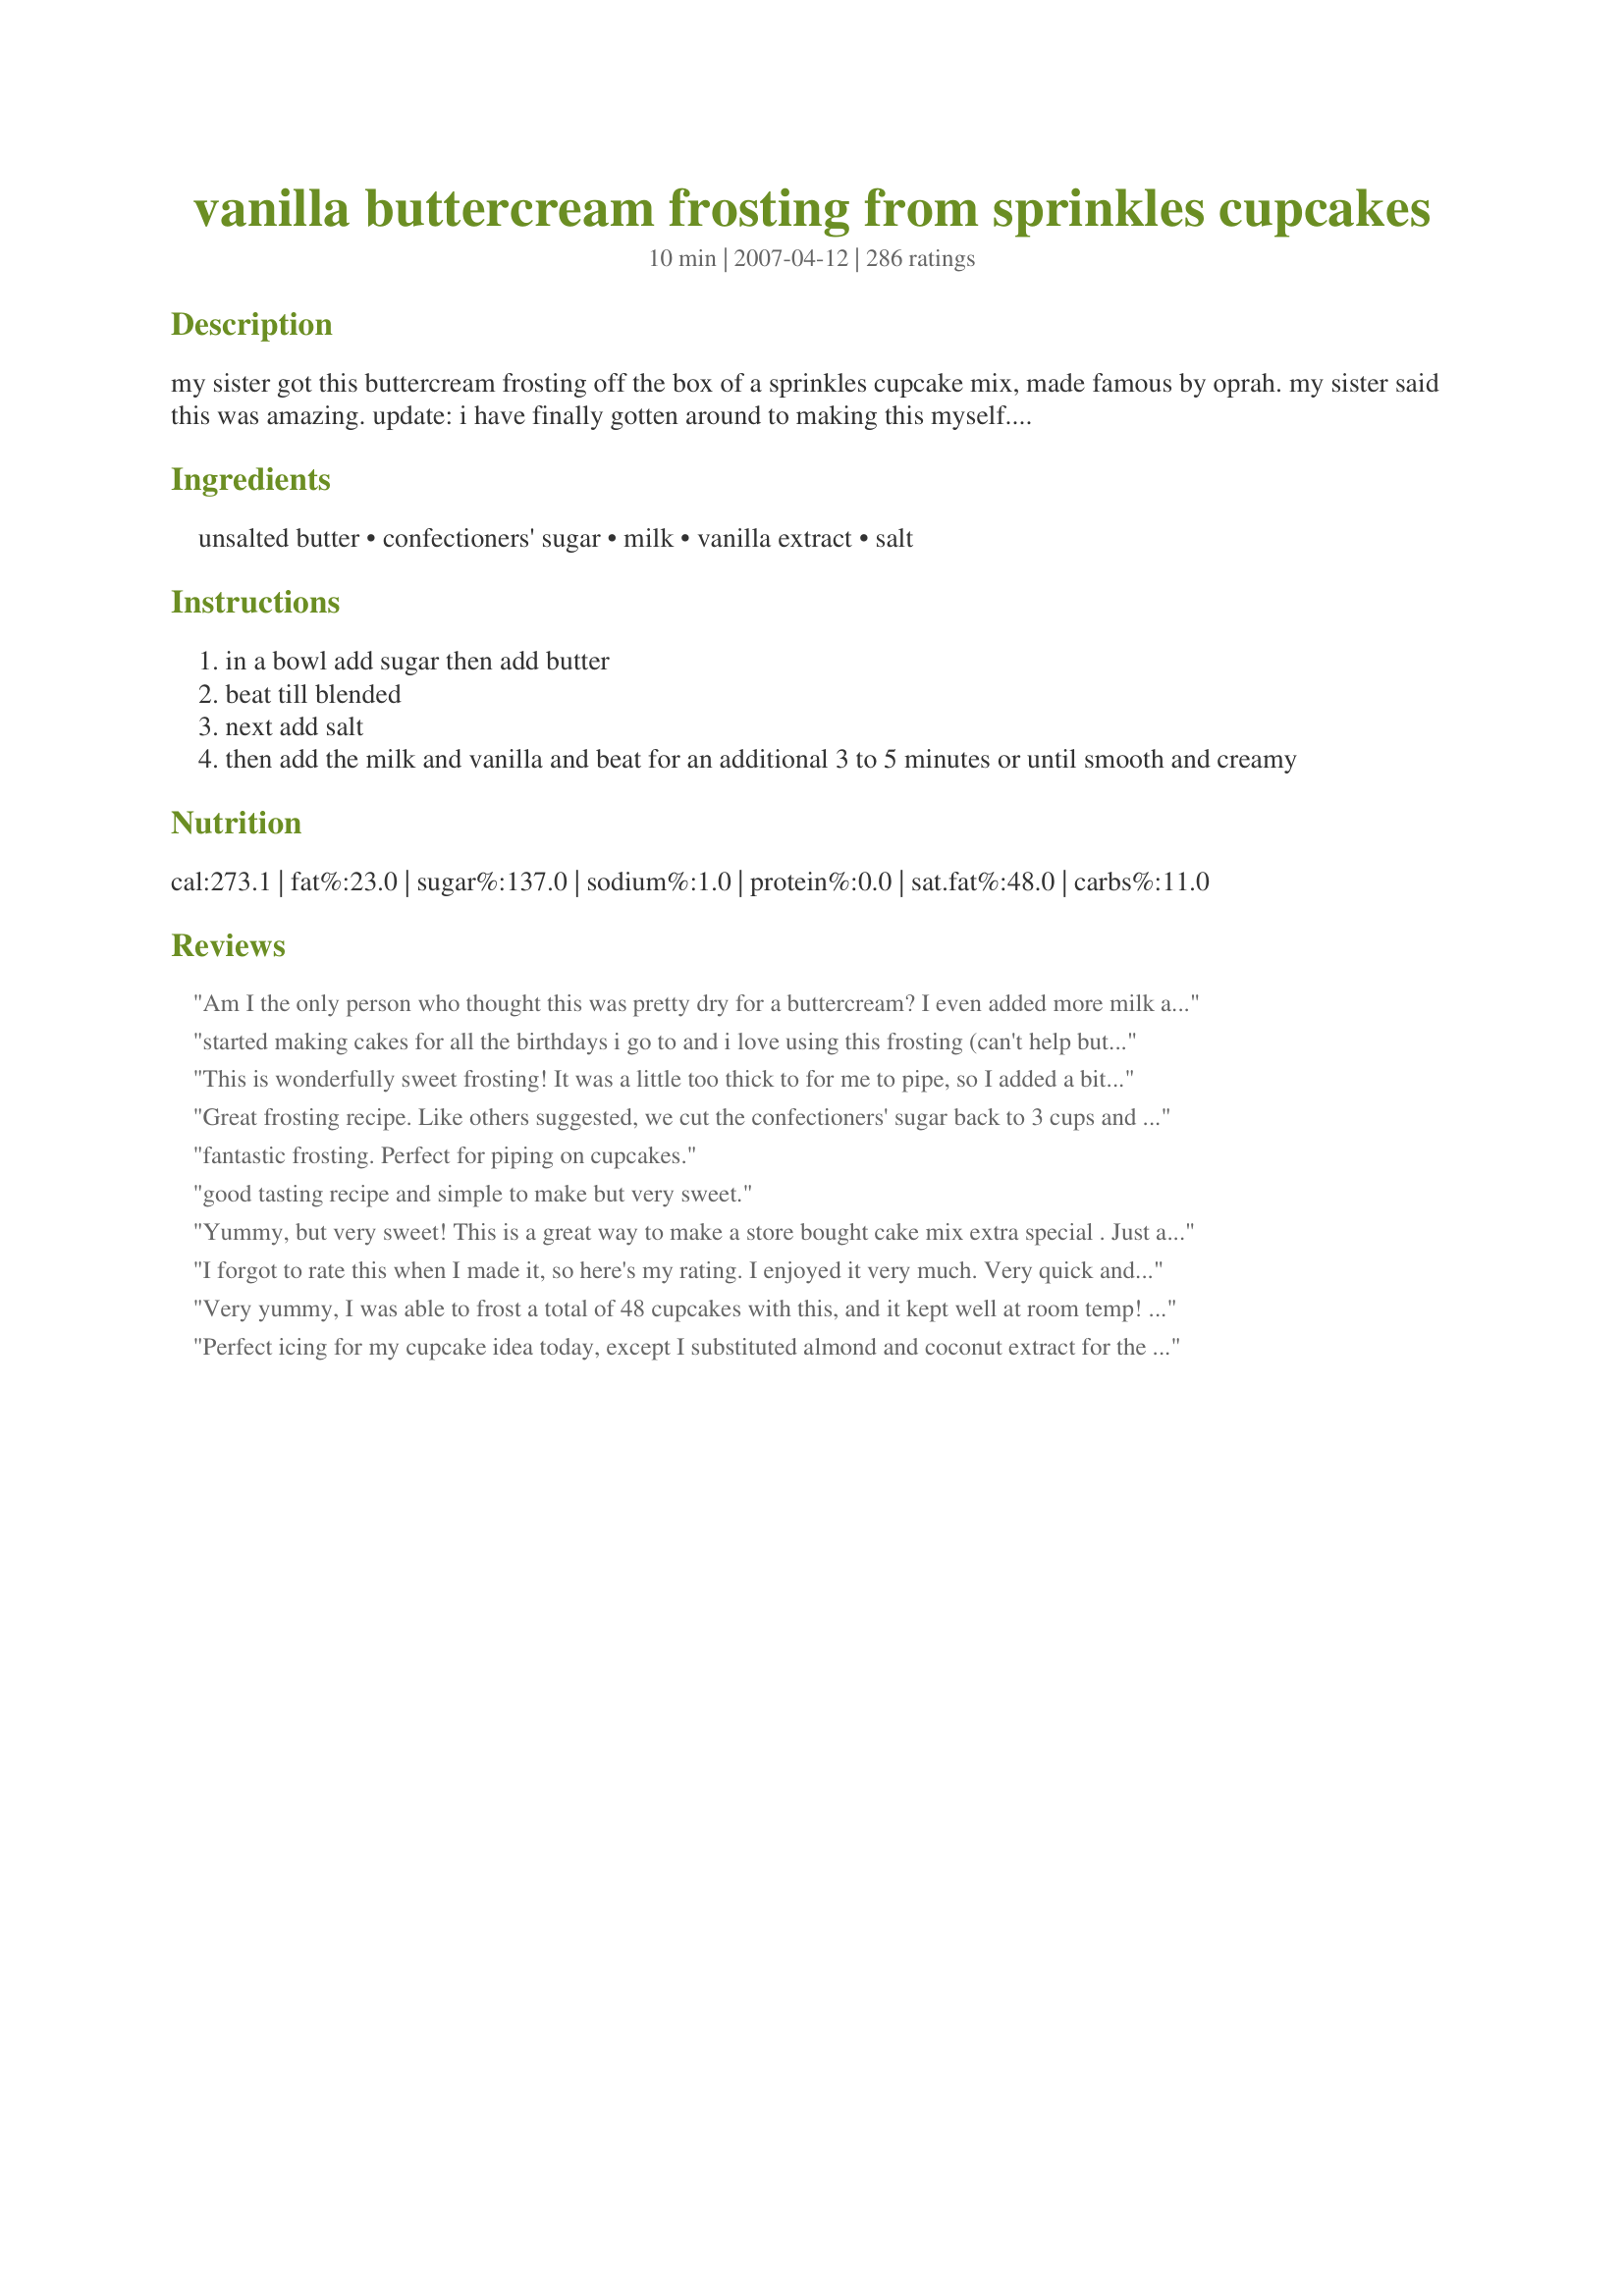
vanilla buttercream frosting from sprinkles cupcakes
Preparation time: 10 minutes

my sister got this buttercream frosting off the box of a sprinkles cupcake mix, made famous by oprah. my sister said this was amazing. update: i have finally gotten around to making this myself. i will say, that i don't like my desserts overly sweet and. though this was very good, i think i would probably decrease the amount of sugar for my personal taste. i'm glad everyone else has liked it as-is, though. :)

Ingredients:
unsalted butter, confectioners' sugar, milk, vanilla extract, salt

Steps:
in a bowl add sugar then add butter
beat till blended
next add salt
then add the milk and vanilla and beat for an additional 3 to 5 minutes or until smooth and creamy

Reviews:
Am I the only person who thought this was pretty dry for a buttercream? I even added more milk and it was still dry...it piped okay, but by the time I was putting decorations on my cupcakes the icing was so dry they wouldn't stick!
started making cakes for all the birthdays i go to and i love using this frosting (can't help but give the spoon a lick..), the little bit of salt makes it a little different than the rest. way better than store bought frosting!
This is wonderfully sweet frosting! It was a little too thick to for me to pipe, so I added a bit more milk until it was the perfect consistency. This is a great recipe that I will use again and again!
Great frosting recipe. Like others suggested, we cut the confectioners' sugar back to 3 cups and it tasted great! I also used salted butter in the recipe and omitted the 1/8 teaspoon of salt. My family was more than happy to lick the beaters after I was finished mixing!
fantastic frosting. Perfect for piping on cupcakes.
good tasting recipe and simple to make but very sweet.
Yummy, but very sweet! This is a great way to make a store bought cake mix extra special . Just a trick for spreading the frosting: fill a cup full of hot water and dip your knife before each spread - no need to dry the knife.
I forgot to rate this when I made it, so here's my rating. I enjoyed it very much. Very quick and easy to make, and everything I have on hand.
Very yummy, I was able to frost a total of 48 cupcakes with this, and it kept well at room temp! Thanks so much!
Update: I halved the amount and used it for sugar cookies - delicious! I would recommend adding a little more milk to make a better spreading consistency (and a little more vanilla if halving the recipe)
Perfect icing for my cupcake idea today, except I substituted almond and coconut extract for the vanilla, and used the icing for white cupcakes with mini chocolate chips inside. What's not to like about almond, chocolate and coconut!
Turned out perfect! I only had enough powdered sugar for half a batch, but I was able to stretch this for about 20 cupcakes! I guess it depends on how much frosting you like on your cupcakes. Very easy and delicious recipe!!
This is WONDERFUL! So simple to make, and it comes out so smooth and creamy. I was skeptical about the low amount of liquid added, but it comes out perfect. I used this to decorate Halloween cupcakes. Thanks for posting this!
Beautiful frosting, great on my chocolate cake, under flaked coconut : )
Amazing straight up recipe. Confectioners&#039; sugar was the only thing throwing me off since I did not know it was powdered sugar before, now I do. I may have done a little too much salt, but it was an easy fix.&lt;br/&gt;&lt;br/&gt;I made a smaller batch and it worked. Very close if not the same as Sprinkles...
Came out great. Not an Frosting person usually but I needed one for a 2 layer yellow cake with buttercream frosting and a layer of crushed strawberries in the middle. Tasted really good and had a great consistancy. I didn't have regular milk so I used the whipping cream I had in the fridge. Thanks for such an easy recipe!
It&#039;s a buttercream, so - it&#039;s going to taste very sugary and buttery. (People who are complaining about that need to find another type of frosting to make!) It had a nice flavor, and I followed the directions to beat for several minutes - you need to use an electric mixer - so it came out very soft and fluffy, fairly easy to work with and spread on a cake. All in all, everyone liked it, but I wouldn&#039;t say it blew my mind.
Yum! This is a very good buttercream! I used salted butter & 3 cups of powdered sugar, and it came out excellent. I spread it over Recipe #26370 (chocolate cake) that I made in an 9x13 pan, then sprinkled on some mini chocolate chips. :-)
Yum! I, like others, also cut the powdered sugar down to 3 cups; otherwise made as directed, and added a little food coloring just for the fun of it :)
This is a great recipe. It is very sweet. If you want to be sure to have enough to frost, fill and decorate cupcakes or a cake I would suggest making either 1.5 times or 2 times the amount of frosting. I frosted red velvet cupcakes with this frosting.
Tasted like buter
The consistency was wonderful, but like the author, I found this frosting a little too sweet for my taste.
Very good. I didn't change anything.
Wonderful. Simple, yummy, buttery!
Love this recipe! I used just a little less than 3 cups of powdered sugar because it was too sweet for my taste and used salted butter rather than adding salt as well as substituted the milk with half &amp; half.
This worked well for my son's Hot Wheels birthday cake this weekend. I was out of shortening and couldn't make it to the store in time, so I couldn't make my regular frosting. I was happy to find a recipe that only called for the butter, and it turned out nicely!
Made this frosting today. It was delicious. I didn&#039;t let my butter soften and it was a bit difficult on my hand mixer, but still delicious. Thanks for a great recipe!
Great frosting...not overly sweet! I used on Red Velvet cupcakes yesterday...I went to a party with 16 and came home with none. Everyone was asking about the frosting because they loved it! Thanks for the great recipe. I will definitely be using this one again!
This is fantastic frosting! Like another reviewer said, I love the fact that it doesn't leave that waxy coating in your mouth like other frostings do. I used 3 cups of confectioners' sugar and it turned out just sweet enough for us. Thanks for the recipe!
Love it!!! Works best if you pipe the frosting onto cupcakes. It really holds its form.
This recipe really is to die for. I was a little hesitant about the amount of sugar (even though I love my sweets) so I cut the amount down. The first time I think it was cut down too much because I could taste a lot of butter flavour so now when I make it, I taste test along the way so I don't add too much sugar. Have made this recipe multiple times and just forgot to review.
I really like this recipe as a young baker of fifteen. It&#039;s really easy and fast. I have made some tweeks to it that I think make it a great filling. I have made the same recipe but I only added 2 and a half cups of powdered sugar and a half cup of granulated sugar. It makes it crunchy and when I pipe it into a cupcake I do it while its warm so some of the butter melts and adds some extra flavor to the cupcake.
I've never made vanilla buttercream before, only chocolate. This recipe REALLY takes the cake! I had to add a little extra milk, but other than that, followed the recipe exactly. Light flavor, fluffy and delicious!
It was a little too sweet for us, but had a good flavor.<br/>Update: made again, and used only 3 C powdered sugar and 1 T 1/2 and 1/2. Turned out great!
Fast and easy and delicious.
One note, I halved this recipe for 12 cupcakes and even with a fairly thick layer still had left-over frosting.
Yummmmmyyyyy! I will be using this for all my cupcakes from now on. Thanks!
This is ok frosting. It is very rich and very very sweet. I used salted butter and left the added salt out. I also used cherry rum instead of vanilla b/c I was frosting a cherry vanilla cake with it. The flavor was great it was just way too rich and sweet for us.
Very good buttercream! My cousin is a pastry chef and hers is the best ever, but mine was pretty darn good! I used it to decorate some 4th of July cupcakes and they held the sprinkles well. Thanks.
I've tried many many buttercreams, & this is by far the best! That little bit of salt makes ALL the difference in the world. Thanks for sharing this superb recipe
I made this a while back, and it was delicious! Super easy, and it kept well, as I made it one day ahead. I added 1 extra tsp of vanilla(I like it that way!) and I used whipping cream in place of the milk for extra fluffiness. Thanks!
Too Much Butter!!
I tried this recipe and it was waaay to sweet and buttery. It was so bad I was forced to scrape it off my cupcakes. :(
Not happy the way this turned out. After reading other reviews, I decided to add 1 more tsp of milk to make it &quot;creamier&quot; and less sugar (around 3 cups). However the consistency turned out TERRIBLE especially for frosting cupcakes with a piping bag, and looked like vomit on a cake-not very appetizing. However, I added cocoa power to tint it brown for my &quot;donut&quot; cake and it tastes AMAZING!!! Probably one of the best tasting icings I've ever made.
I have never made my own frosting before so I was happy to find an easy recipe that tasted great. I used this to frost my daughter's birthday cake and the taste and texture were wonderful!
found this recipe looking for a quicker lighter buttercream but it didnt work. I followed the directions to a TEE and it came out like soup... I needed to frost 24 cupcakes... I figured with all of the rave reviews on it, it would be perfect but for me it wasnt....
This is a great frosting recipe. Its rich but light and fluffy at the same time. I added a little extra vanilla for my personal taste and it made this just perfect.
I used 2 cups of powdered sugar and 2 tbsp of milk and it was perfect!
Delicious!! I had to add a lot more milk (about 5-6 tsp., I believe) and used 3 c. sugar. Great flavor.
I wanted to do a coffee flavored frosting in between the layers of my cake. I divided the frosting in half and then added instant espresso coffee to milk and then to remaining frosting. It is perfect.
This is really good stuff! I used them for some Christmas cupcakes. So, I simply divided the frosting into two bowls and added a few drops of red food dye to one bowl and green food dye to the other. That gave me this yummy frosting in festive colours. This is going to be my 'go to' frosting recipe from now on. Thanks for posting!
This turned out to be too sweet for my tastes, but the kids loved it on their cutout cookies. I did have to add quite a bit more milk (4 tbsp) as it just would not come together without it. In the future I would probably add even more milk since it was still quite stiff and hard to pipe without excessive force.
Perfectly yummy! I used half this recipe for 12 small chocolate cupcakes and found I only used half of what I made... so a quarter of the recipe. But they were small cupcakes and I don't like to overload with frosting. I coloured it purple and let my 4 yr old spread on the cupcakes and add sprinkles.
Yum. Great icing recipe. Used it on cookie cake. Delicious! :-)
OH MY!!!! This is FABULOUS!! I used it on Amy Sedaris' Vanilla Cupcakes #181181 and it was AWESOME!! This frosting really made the cupcakes. I loved the saltiness of the frosting (I measured using half of a 1/4 t. since I didn't have an 1/8 t., so it may have been a bit more than an 1/8 t. in my frosting). I couldn't stop eating these!! Thank you SO much for sharing!!
Yum! deffinatly worth the 5 stars. I used this frosting on top of recipe# 9841 Banana cake. The cake was so moist and the forsting was so creamy and smooth. I accidently added a little too much vanilla but the frosting still turned out delious. I ended up eating half the cake and my boyfriend finished off the left over frosting using his finger (proof that this frosting is finger licking good!)
I made this frosting for my sponge wafer cake , but i used only 1 and half cup of sugar and 3/4 cup butter and pinch salt and 1/4 cup cream and 1/8 tsp of cream of tarter and beat it till fluffy and it turned out too gud....because i dont like so much sweetness.thank you
I make a lot of cakes and therefore have tried lots of frosting recipes. This one is my new favorite vanilla buttercream recipe!! The best I have tried by far!!
Delicious! I used this frosting on both vanilla and chocolate cupcakes, and it was great! Thank you for sharing!
This frosting is delicious! I changed the recipe a tad because I thought it was a little too sweet. I used 3 cups of powdered sugar instead of 3 1/2 cups and I added about a teaspoon or 2 of milk in addition to the 1 top of milk it calls for. I also swapped the vanilla extract for almond extract on one batch. The both taste great and I can&#039;t say I like one more than the other. On my next batch I&#039;m going to use both almond and vanilla extract to see how that tastes. I highly recommend this recipe it is the best frosting I&#039;ve ever had and I&#039;ll never use anything else.
This frosting is simply delicious! I have been looking for a buttercream frosting that would stand out amongst the rest. This recipe superseded my expectations!!
This frosting is awesome! I used it on a homemade apple spice cake and it was to die for.This is the only recipe I use now....Thanks so much for sharing!
Very good, I needed to add TONS more vanilla though. Then it was perfect.
worked perfectly!, only problem was that it didn't seem to make much so it was simply solved by makin another batch ;) Thanks for posting this!
Oh my gosh, this recipe is amazing and just like the wonderfully decadent frosting on the Sprinkles cupcakes. I used it to make some roses for a cake and it worked out great. I added a little food coloring to make them blue. Very pretty and so tasty. Definitely recommend!
Easy, delicious! Just frosted my daughter's b-day cake and used some for decorating the cake. This is the best tasting, spreading and decorating frosting I have ever used. This will be the recipe I use from now on! :)
This is the almost perfect frosting recipe.The only thing I would change for the next time I make this would be to use unsalted butter.I found that I could taste the salt from the butter too much.But other than that it was easy to put togther and makes quite a bit.<br/>Update April 2011:I didn't even realize I had already made this frosting...and this time I have no complaints...strange.Anyway,I used this recipe on Easter cupcakes I made.Check out my photo.
I love love love this frosting! I don't buy or make any other frosting than this. It's super easy to make, and as one person told me, "it's sinfully delicious!" Thanks for posting it!
I've made this recipe a bunch now and it's great! I only add 2 3/4 cups of sugar, otherwise it would be too sweet for me and which is why I only gave it 4 stars. This frosting is the BEST! I get tons of compliments on it.
By far the best buttercream frosting I've ever had. My daughter made cupcakes for her cheer coach's birthday and during 1/2 the squad couldn't stop talking about how amazingly good it was! Thanks SO SO SO much!
amazing recipe, got great reveiw from the family aswell, my new favorite recipe , Thank-You.
Awesome. Perfect. I used salted butter and it was perfect. I wanted to keep eating it but I had a cake to frost. AMAZING FROSTING! My fave of every buttercream I've ever tried. Delish!
Yes it's delicious! However, I made half a recipe, but needed to add about 3 tsp of milk. It was very thick. But delicious! Did I say that already? Yummy.
I just made this recipe. I found it in an online search after I was reading the ingredients on a canned frosting I had bought. So many preservatives and chemicals :( So I actually went out and bought the ingredients as I having had many baking ingredients in the house since Christmas. I used it to frost a 9 X 13 inch Duncan Hines Devil's Food cake (I will also have to try making my own cakes from scratch as well). I followed the recipe exactly, except that I left the salt out. I wanted to taste the frosting first without the salt and both myself and my husband liked it so much, we didn't want to add the salt the first time out. I will try it with the salt next time. So far, the frosting is delicious (from our scooping some out of the mixing bowl to sample it :) We will be trying it on the cake shortly and I will update. Really great flavor though on it's own and the consistency gets smoother the longer you whip the frosting (I used my Kitchen Aid mixer to make the frosting). I can see how it can rip up the top of the cake a little at first. One remedy for this is to put a thin layer down first to seal the cake and then put the remainder of the frosting on top of that thin layer.
I guess I'm a detractor %u2014 I found this frosting TOO stiff and too sweet. I piped it on cupcakes. Not my favorite!
Great buttercream recipe! It ot rave reviews from my catering clients.
I love this recipe. I've made it twice and It is perfect both times. I even added vanilla beans in stead of the vanilla extract: AMAZING!
I made three batches of this frosting to cover a Beachball cake and 16 cupcakes and I must say it was awesome! One thing I noticed though… This case a heck of a lot less sweet if you spoon the confectioner sugar into the measuring cups. The first batch I made I spooned 3 cups of confectioner sugar and The last two patches were done in a rush so I just scooped out the confectioner sugar in the measuring cups and I must say the first batch tasted the best! Just the right amount of sweet. Also I did what others suggested – reduced the confectioner sugar to 3 cups and increased vanilla by half a teaspoon. This is just awesome frosting! And honestly I'm not even a buttercream frosting fan
I tried it and this was great! Easy and delicious. I halfed the recipe except for the vanilla! Delish!! Thanks for posting.
Easy to make & yummy. It is, as some have posted, a bit too sweet for my tastes but the kids were not complaining. I needed to add some milk to make it more spreadable (my house might have been too cold), but it worked out great on our cupcakes. Thanks!
Well, this recipe is without a doubt THE best buttercream recipe ever. I made my boyfriends birthday cake using this icing, I doubled this recipe though. I used a cake recipe from the Cake doctor and used a confetti cake mix. Put cake mix in Nordicware carousel bundt pan. Put marshmallows in centre, stuck a Barbie doll pick in. I iced the cake twice. Put icing on naked barbies upper body to make the top of a dress. Tinted a bit of white icing, blue and wrote MIKE on cake. It looked gorgeous and we both freaked out when we tasted the icing and cake. I froze some of it. Better than store bought birthday cake. Linda
Very nice frosting! I had 36 red velvet cupcakes to frost, so I made a 1.5 batch of this. I was only spreading the frosting with an offset spatula, so I had exactly enough frosting to cover each cupcake with a thick spread with no leftovers. After reading the reviews, I added a bit more milk to make this more spreadable. I'll be keeping this recipe handy. Thanks for posting!
Yep, I agree with everybody else, this frosting is excellent. I did reduce the powdered sugar to 3 cups, as another reviewer suggested. I thought it was perfect this way (liquid content seemed fine). The slight saltiness is yummy. I used it to frost a two layer 8 inch vanilla fudge marble cake (BH&G recipe), and there was just enough for the job. I will double it in the future to make sure I have enough.
DELICIOUS frosting , used it on my cupcakes ....mom's chocolate cupcakes #105594 3 yr.old grandaughter helped me make em , she will be a baker someday! She loved helping and of course she wanted pink icing ,lol...this is a keeper , thank you very much for recipe :)
Perfect and simple.
This is wonderful stuff! So easy and delicious! I decreased the vanilla to 1/2 teaspoon (personal preference).
Terrific! Helped make a great cake (recipe 26370) for my son&#039;s birthday.
This is very good. I did make a few changes. I used one tablespoon of vanilla, one tablespoon of heavy whipping cream, and one tablespoon of Bailey's Irish Cream. <br/>*YUM*
I made this tonight for cupcakes and I'd never made frosting before. This was super easy. I will say that one batch is more than enough to frost 24 cupcakes. I made what would have been 18 cupcakes worth and I have left over frosting. I don't really pile it on though (I'm making cupcakes for pre-schoolers, a little bit of frosting is more than enough .. heh). I'll be filing this recipe away for future use. :)
Here is what the problem is with directions as I see it. You cannot simply put sugar and butter in the bowl and mix. The consistency will be completely off. You need to mix the butter for at least five minutes, until it's completely soft and turned almost white. Then you add sugar a cup full at a time. Mix well after each add on. That will make consistency smooth.
This is a quick and delicious buttercream! Very simple to make!! It is the only buttercream I use now.
My daughter made this icing to top her brother's birthday cake this year. Since his cake was chocolate, she decided to add mint extract in place of vanilla. I have never cared for butter cream frosting. I'm always scraping it off. Not this one...it was wonderful! This will be my go to frosting for all cakes from now on. It is so easy to work with too which is a plus since the cake required the smallest star tip and a gazillion little stars.
I am not one that normally likes to eat frosting (or decorate cakes for that matter)... I used this recipe both for frosting cupcakes and for decorating a layer cake. Both of them turned out very well. Like other reviewers, I used salted butter, and was very pleased with how it kept the frosting from getting too sweet. I also mixed it with lime curd to make the cake filling, which had a very nice balance of sweet and sour. It will be my go-to frosting from now on!
This is a winner frosting. I know the title is vanilla frosting but I have modified it a little. Just like most reviewers advised, I cut the sugar to 3 cups. I also added 3 TBSP of cocoa powder and used 2 tsp almond extract instead of vanilla and voila! My son said it feels like he is having an ice cream on his cake.
Yum! I added a little less salt as I didn&#039;t want it to salty for my taste. I tried to use it for making carrots on top of a carrot cake but this frosting isn&#039;t the best for decorating. It is ok for decorating. But, it is delicious but kind of greasy in your mouth. It was also a bit runny. Thanks for sharing!
Excellent. I was almost tempted to add a little more salt, maybe next time. This tinted &amp; frosted one 8&quot; round &amp; 12 regular sized cupcakes beautifully. Definitely recommend with recipe #94886. This was probably the best cake I&#039;ve made in a while, thanks for sharing!
I really liked this simple and easy frosting. Used it today on my sons birthday cupcakes and it was great. I halved the recipe and didn't use the salt, (as I used margarine, so didn't need the salt.) beat it up, then changed to the whip attachment. Turned out great! Will use again! Thanks!
i was wondering, instead of using confectioner&#039;s sugar what other sugar would be a good substitute?
This frosting is pretty good- my husband loves it. I also added some Cream of Tartar. It seems to be a little gritty though. We like the saltiness to it.
I made this frosting last week when I was trying to duplicate CakeLove's 44 cupcake. It was delicious and I had rave reviews from my family. I just made the frosting again today and tweaked it to suit my own taste. I thought the frosting was too sweet and difficult to spread, so to fix that I only used 3 cups of powdered sugar, two TBS of half & half (instead of the milk), and I added 1/4 tsp of Cream of Tartar to help stabilize it. Otherwise I followed the directions. It turned out exactly as I wanted it to. I was able to spread it easily and it wasn't too sweet. It would be perfect for the 44 cupcake since that has caramel drizzled over the top. It was just too sweet for me in the original recipe. I love how easy this is to make!
I decided to make some vanilla buttercream, but had never made it. Having an idea of what I wanted; I grabbed the butter, powdered sugar, salt, vanilla &amp; milk. But, before I started to make it, I came to zaar just to make sure I was on the right track. Voila! First recipe that pops up, is this one! Awesome! It does taste like Sprinkles frosting!! Thank you for posting!
LOVE! This is my go to buttercream recipe, and it's the best I've tried. I made roses one week and Hydrangea cupcakes the next and this frosting never did not disappoint. I find that the frosting does need thinking out a bit since its extra stiff as directed, but that's always better than too thin to start. Thanks for posting!
I just have to say thank you, thank you, THANK YOU for posting this recipe. I have been looking for a buttercream recipe for a couple of years now, and they have all failed in some way. They either tasted too much like milk, or were not thick enough, or just blah.. THIS recipe is IT! It is absolutely perfect. Perfect texture, perfect sweetness, and I really like the flavor that the salt adds. I'm so happy my search for a good frosting recipe is over :)
Oh my god. This turned out AMAZING. It was creamy and very tasty. The sweetness was at the perfect level. I suggest this recipe to everyone. It tastes amazing on cupcake.s Really well done :)
This is a quick, easy and delicious recipe! I decorated 200 vanilla, devil's food and strawberry cupcakes for a cupcake wedding cake, and the guests all raved! I did make several small changes: I only used 3 cups of confectioners' sugar and increased the vanilla extract to 1 1/2 teaspoons. I also used unsalted butter. This made the icing less sweet and more buttery. Also, if you want white icing, use clear vanilla extract. YUMMY!
Delicious and easy to make! You can play around with the proportions so the taste and texture are to your liking! I added a Strawberry vanilla syrup to make it a pale pink and give it another layer of flavor! Yum!!
We had not ever attempted to make frosting B4. We always bought fresh buttercream frosting from our local bakery. This frosting was good and will probably make again. Update: Did make again, but used 2 teaspoons of milk instead of just 1 teaspoon....wonderful.....just wonderful....almost as good as Publix buttercream frosting. I luv a simple white cake w/ simple white frosting. Made a Duncan Hines white cake, topped it w/ this frosting...OMG!!! Exactly what I was craving. I ate 3 pieces of the double layer cake in one day!!! I spent all of about $6!
I liked the texture of the buttercream, and it wasn't overly sweet. But for me, I would add a bit less sugar next time, as I don't like my icing too sweet. Thanks for the recipe!
Very nice frosting. I had rave reviews from my family. Thanks for posting.
DE-LI-CIOUS! This recipe is a keeper. I also only used 3 cups of sugar 2 sticks (1cup) of salted butter. I like my frosting a little on the fluffy/loose side so I prefer using the milk vs the half & half that others have suggested, but either way you will get rave reviews.
This was good as written. The next time I didn&#039;t have enough butter, so I improvised.&lt;br/&gt;1/4 cup butter, 4 ounces cream cheese, and 1/2 cup palm oil shortening, NO milk. Also I used 2-3 tsp vanilla extract and 1 tsp peppermint extract to make a vanilla mint frosting. Yummy and perfect!
I used 3 cups of sugar like others recommended, and also about 1/4 cup of cream cheese. Split it and made different colours, and one part with some cocoa, all for cupcakes. Had lots left over after 16 cupcakes. Good consistency at room temp for decorating, hardens in fridge.
Excellent frosting. Definitely a cupcake frosting. It's soft, almost fluffy. This is a keeper.
This turned out great for me. I only had salted butter, so I used that and omitted the salt from the recipe. I'm eager to try this again with the exact recipe. I'll never buy store bought again :)
Did not like this recipe. Came out far too thick so it was a major pain to ice the cake, and it was way too sweet. Definitely needs more liquid and less sugar.
amazaing amazing!! just when you think it's too dry, keep whipping! turns out perfect!!
Not giving stars because it seemed really good, but it was too sweet for my tastes. Of course, I did add a little extra milk to make it smooth out better.
This is it, the buttercream recipe I've been waiting for! It tastes just like the frosting used at the local cupcakery here. I did end up adding about 2 tbsp more milk. If you think the frosting is dry, just keep beating it! I probably beat mine for about 10 minutes total in my stand mixer. So delicious. I also recommend letting it chill on the cupcakes for about 15-30 minutes until it's just slightly cold. So yummy.
So simple but yet so delicious. I only made half the recipe and generously frosted a dozen cupcakes.
Love love love this! A classic that is just too yummy! I thought it could use a bit more milk so I added 4tablespoons for it too be a little more spreadable, but I&#039;m sure the regular consistency is great for piping
Very, very good. My husband loved this.
Beautiful recipe. Delicious, easy, and easy to work with. Who could ask for more? Thanks for posting this great recipe.
Best frosting I have ever tasted!
My family and I loved this recipe. I will make this again and again. Thanks for sharing!
I for some reason have a hard time making frostings come out to my satisfaction but this one was FOOLPROOF and that tiny bit of salt makes all the difference in the flavor!! I made a quarter of the recipe and iced 12 cupcakes, was the perfect amount since I don't like so much frosting it takes away from the cake. Thanks for this new go-to!
I used coconut oil instead of butter, was amazing!!
Yum!
It is delicious. I added a splash amaretto to go with my chocolate cupcakes.
yum!! makes more than enough to frost a double layer cake ... may actually want to add a teensy bit more vanilla to really kick up the flavor. overall, definitely 5 stars!
Perfect! This will always be my buttercream frosting go-to recipe from now on..Thank You!
This is an Amazing cupcake frosting recipe. I&#039;ve been baking for years and could never get the frosting. I took a cake decorating class- no luck. The look was great but the taste yuck! I did tweak this recipe a bit more salt to cut the sweet. I also used sea-salt. I use a lil more milk, I also used carnation milk. All I had on hand. Let me say we ate all the cupcakes. The mini and large lol. This is a must use recipe you won&#039;t be disappointed. My favorite the balance between sweet and salt.
This frosting was great. I needed to add more milk to make it the right consistency. We then split it into bowls and added coloring. It was a big hit at the frost your own cupcakes part of the birthday party.
This icing tasted like straight up butter with sugar. Salt was not noticeable. Very oily and buttery.. my husband hated it.
this was way to sweet for me (and I love sweet things). I added more milk to try to reduce the sweetness (and make it creamier) but it still was too much. ended up scraping most of it off the cake. sorry, I just didn't like it.
Good frosting! I used on Red Velvet cupcakes. Piped it on w/ a piping bag with a large tip. I like frosting w/ salted butter more than w/ unsalted so this was great for me.
Great recipe! It was too sweet and pretty buttery. Next time I will us 3/4 cups butter and 3 cup powdered sugar and I will probably add more if I need
Wow, wow WOW! This was fabulous! Definitely bakery-style frosting, a cut above the ordinary. I used it to frost Kittencal's Extreme Chocolate Brownies #87925 and this frosting took them WAY over the top. I doubled the salt because the brownies are really sweet and it was PERFECT! Loved this!
I don't believe I've ever had buttercream frosting. It's not the type of thing I would normally eat for the last several years and my memory of childhood frosting used Crisco, something I wouldn't even consider now in this quantity. It took a bit of getting used to but after some adjustments and a spatulaful or two, the butter version grew on me. ; ) I turned half the batch into chocolate by adding 1/2 cup cocoa. I liked that best, being a chocoholic. I think cream cheese is my frosting of choice but this is a perfectly acceptable substitute for butter fans.
This frosting was FANTASTIC! I highly recommend this recipe.
This is the easiest frosting recipe I've ever made and the absolute best. I love the salty, sweet combination. Like several people said, it's a bit thick. I had trouble squeezing it through my make shift frosting bag; a zip lock bag with a corner cut off to hold the tip. No way to spread the frosting over my cupcakes. So I added just enough milk to allow the frosting to squeeze through, but not enough to make it soft. It was great. Thanks for the recipe.
Excellent recipe and I give it four stars because I tweeked it a bit as well. 1 tbs of vanilla extract (I love vanilla! But want to try using vanilla bean next time) slightly less than 3 cups of powdered sugar (I'm not too keen on overly sweet frosting, but this was a decent level of sweetness) and 1 tbs of heavy (whipping) cream. This made the consistency fluffy and firm, which was nice because I added red food coloring to make pink frosting (for baby shower cupcakes). Everyone raved about it! My sisters thought it was even better than the store bought frosting. Next time I will try it with salted butter to see how that turns out.
Delicious! I took others' advice and used 3 cups sugar and it was plenty sweet. Loved the sweet with a touch of salt.
Good basic recipe although I added more vanilla and you should always use heavy cream or half and half when making frosting.
Now this is what frosting is supposed to taste like! This reminded me of the frosting I ate on cakes from a professional bakery.
mmm love this frosting! some found it a little sweet, but i like it that way :) it was a little thick but good for cupcakes. definitely a keeper!
I added 4 z of creamcheeese and this was a huge hit. Yum!
We loved this frosting. I only had 3 1/2 cups of sugar, every other recipe called for 5, so I went with this one. Very east to make. Perfect sweetness! This frosting is great at room temperature or cold. Will be using this exclusively as my vanilla buttercream frosting. Thanx for a keeper.
Made this to frost cupcakes using a Wilton 1M tip and it worked great. (Following the directions on their website for the spiral.) I only got to 18 cupcakes with 1 batch so next time will make 1.5 batches.
We made 24 cupcakes and it yealded WAY too much. If you do this recipie, cut down the sugar by about three cups. It was very rich and way too sweet. It gave everyone a headache, and a few of us couldn&#039;t even finish our cupcakes. I would change this recipie by cutting down the sugar by A LOT, adding some lemon juice, and adding a lot more milk than the recipie called for.
This is the recipe I have been searching for! Thank you so much for sharing! I have made cupcakes twice with it and everyone just loves it! :)
Very yummy! I added extra vanilla and did not add salt (I used salted butter). I also only used the three cups of icing sugar as another reviewer suggested. Turned out super! Thanks for sharing the recipe - it will be my go-to buttercream recipe from now on!
This was one of my favorite recipes but I will say it was a little too buttery but that&#039;s an easy fix! Make sure to add the vanilla or else it won&#039;t taste as good. Add a little extra sugar too and it will be amazing!
Ugh, I really wanted this to work since it has great reviews. Tasted way too buttery and sweet! Maybe it was brand of my ingredients? All I know is it left a horrible aftertaste in my mouth and I ended up only frosting 1 cupcake and throwing the rest down the drain.
Nice simple and tasty! =) I got 23 cupcakes frosted before I ran out, which was perfect since my son and I ate the 24th cupcake directly from the oven. Thanks for posting!
I tried a few frosting recipes and this was the best one! Not overly sweet, but just right. I made a half batch and it was the perfect amount for a half batch of cut out cookies. It was YUMMY!! Thanks!!
I made this yesterday to frost chocolate cupcakes. The consistency of the frosting is great for piping onto cupcakes. I halved the recipe amount and it was enough to frost 16 cupcakes. Unfortunately, I forgot to put in half the amount of salt and used the whole 1/8 tsp. My family didn't seem to notice though. I will definitely make this again. Thanks for posting!
Great!€
This was my first time baking cupcakes and making icing from scratch. I had my husband and friend taste it first and they said it was delicious and mainly commented on the icing! When I tried it myself, I had to admit it was a perfect cupcake for a first try and the icing is amazing!
I loved this frosting! I used it on vanilla cupcakes and it turned out great. It shapes really well. The only problem was that it had way to much powdered sugar and was spraying everywhere. I ended up adding about a tablespoon more of milk and 1/2 teaspoon more vanilla. It turned out sweet and dreamy. this is my new favorite frosting recipe!
Fast, delicious, and easy to make from ingredients I always have on hand. Doesn't need the teaspoon of milk.
Easy and delicious!
It looks alot like sand but then i started to mix it more and it tured into buttercream im very pleased with this recipe...
Made this for the first time for my son and grandson&#039;s birthday and it was delicious everyone raved on how good it was. Now going to make it another cake for one of my other grandson&#039;s birthday. Don&#039;t think I will be buying can frosting anymore. And it was really easy to make and like another review I did cut down the sugar to only 3 cups still great.
This was absolutely delicious on both the cookies and cupcakes I made for my son's first birthday! I used Recipe #80935 for the cookies and the icing was delicious with the cookies. I used a store-bought white cake mix for the cupcakes and put this frosting on it and it really made the cupcakes special! This will be my go-to buttercream recipe from now on!
I did the recipe as is and I didn&#039;t find it THAT sweet, but maybe that&#039;s just me. Anyway, I loved this frosting. I was worried it wouldn&#039;t pipe well for the decoration I was going to do, but it ended up working perfectly. And it was super easy to make. Awesome.
I loved this frosting! It was sooo creamy. It just melts in your mouth. Not too sweet, and it doesn't leave that coating in your mouth like some frostings do. It was just perfect!
I was excited about the reviews so I thought I would try it. The frosting was good, but it wasn't as sweet as I thought it was going to be.
Frosting is soooooooo good! It turned out excellent and I only added 2 cups of sugar as I don't like my frosting too sweet. This is definitely a keeper!
Excellent!! I halved the recipe and frosted 17 cupcakes with it. I left out the salt and used salted butter. Worked great.
This was a lovely frosting and very easy to make.
I&#039;m huge fan of the thickness, the lightness of this buttercream! It is so handy to have reviews and share this recipe online. LOVE LOVE LOVE this recipe!
This icing is perfect whether you&#039;re simply spreading it onto a cake or piping it. It holds its shape very well and tastes amazing!
I used this to frost christmas cookies, and it turned out great! I found it to be a little too sweet so I added more salt.
Very good. Made in my kitchenaid mixer tonight after a sudden sweet tooth had me craving cupcakes. I halved the recipe because I only made 6 cupcakes. I found that I had to add 3 times as much milk to get it to the right consistency.. no big deal.
Just made this and WOW....was it good. Followed just as written.
I just made this and it is the best icing I have ever had. Used it for cupcakes...pipes very well but would be too thick as is to frost a cake with. Real butter is a must. I added half a tsp more milk which really is just a couple drops.
Excellent buttercream recipe! I used it to frost Mom's Chocolate Cupcakes#105594 and Amy Sedaris' Vanilla Cupcakes. Everything got rave reviews. You know the frosting is good when people comment specifcally on the frosting! I'll be using this one again.
i LOVED it the salty after taste is different but i liked, a lot!
Delicious!
This was so easy to make! Next time I might make some changes though. It&#039;s super sweet and I wish the recipe clarified sales or unsalted butter for amateurs like me. I used salted butter so next time I might omit the salt and use 3 cups of confectioners sugar rather the 3.5 cups. Also, I added another teaspoon of milk to make it a little more creamy and used super soft butter (let it sit out all night) to blend it better. Then I fridged it for 30 minutes before using and then mixed it up again. Turned out great! I didn&#039;t have a mixer so I actually used a food processor and it still turned out nice and smooth!
This is the best buttercream frosting I have ever made or tried. I made it to top vanilla and cookies-and-cream cupcakes, and it was perfect. Lovely, and so easy to whip together! This is now my go-to vanilla frosting recipe for sure. Thanks for sharing!
I halved this recipe and still had enough to frost 20 cupcakes. Everyone LOVED the frosting -and for those who have had Sprinkles cupcakes/frosting - said this was BETTER!!! I will definitely make this again!
I realy like this recipe. I had to add a bit more milk than the recipe called for. It turned out fluffy and perfect for my cupcakes. I made a vanilla bean cupcake using #372246. It turned out really well. My goal is to fatten up my friends so I don't have to go to the gym - this way I will look thinner than them. This recipe will help me with that. Thanks for a keeper!
loved the result; it not too "buttery"...I used 2 teaspoons of buttermilk and 2 teaspoons of vanilla and LOVED the flavor. Great frosting...so glad I found it.
Really amazing tasty frosting. Its light and fluffy, and not to sweet. Im don't really enjoy frosting, but this frosting is worth it. I divided the recipe almost in half, I used 1 1/2 cups confectioners' sugar, and 1/2 cup of butter, but kept same amount of the rest, 1 tsp vanilla, 1 tsp milk, and 1/8 tsp salt. It turned out fantastic. And still way too much for my 12 cupcakes.
my search for the perfect icing just ended. simply delicious. made cupcakes for a baby shower and got TONS of compliments.
I have used this recipe twice. It is a really good frosting recipe. I live in Los Angeles and went to Sprinkles the other day and their vanilla cupcakes are very good. Thanks for posting this recipe.
This frosting is way too sweet and thick! The confectioners suger does not dissolve in the mixture and that is all I tasted in the frosting. I was very upset that I wasted my ingredients. I don't think that this is the true recipe that Sprinkles uses, there is no way they would give out their secret recipe!
My family loved it! They named it the Sugar Cookie Cake! Thank you!
This uses twice as much butter as my usually recipe - and it tasted so much better! I frosted 24 cupcakes and 12 cookies with a single batch. :D
This is the BEST Buttercream I have ever made. Definitely my new "Go To" recipe. YUM!!!
Well in 2018 this was still great. Only had 2 cups powdered sugar and salted butter handy, added a little more milk to my pref, Made birthday cake for my daughter with little I had avail.. thank you so much!!
the frosting was okay, but it wasn&#039;t good for my cupcakes .. it was runny and did not sit on my cupcakes
I used salted butter and skipped the salt. This was SO perfect! I like really simple cupcakes, so I just added some of the vanilla bean seeds I got for Christmas into the frosting to make it look a little fancier.
This recipe turned out just as I wanted. Cut sugar to 3 C., with milk it was 2 1/2 Tbsp, 1/8 tsp cream of tarter. 3/4 tsp Mexican vanilla and 1/4 tsp rum flavoring. This on any flavor of cake works great.
Super easy &amp; delicious!!
Grand.
Great frosting! Very easy to make and delicious. Thanks!
Holy canolis! I've been baking cakes forever &amp; always had a fab go-to recipe for icing, but this recipe (w a few tweaks) will from now on, take it's place! I actually reduced the sugar to 3 cups, used 2tbls heavy cream, 1.5tsp vanilla extract infused w beans, &amp; kept the 1/8tsp salt. I tripled the recipe for my daughter's 8&quot; round, 4 layer red velvet b'day cake &amp; it turned out absolutely brilliant! Everyone raved :)
I love sprinkles cupcakes, so had to try this out. Made this to ice cupcakes for my sons birthday party, added some cocoa for a choc. version as well as vanilla. Turned out great. I used the magnolia bakery birthday cake recipe for the cake part. Super yummy. People could not believe they were homemade and not bought from sprinkles itself. Thank you for posting this, will be my go to buttercream recipe!
I made this when my mom bought me one of the Sprinkles mixes. I will have to say, the cupcakes aren't worth buying for $14 a mix (which only makes 12 cupcakes). They're good, but not THAT good. This icing however, is WONDERFUL! We had some left over, and my sister and I finished it up by eating it in spoonfuls! I love buttercream icing, and this is right up there with the Wilton recipe for me. Thanks for posting this. I accidentally threw the container away, but I wanted to save this recipe!
Made it just as instructed. It held together beautifully and tastes great!
Never had Sprinkles cupcakes but based on the reviews thought I'd give it a try. This is very yummy! I usually don't even eat frosting and I scrape it off anything that has it cause I don't like that thick greasy feel it leaves in your mouth. These don't do that, they are great texture and flavor - not to mention super easy! I made exactly as directed and added some food coloring to make them pink roses. Thanks for sharing!! UPDATE: Since my first review I've now made this to frost cupcakes several times and love it more each time! Everyone raves when I make these! I like sweet with a little salty taste to it so I use salted sweet cream butter, softened on the counter top, and I use kosher salt where it calls for salt. This pipes on beautifully and just looks great in any color - with or without sprinkles! Thanks again for sharing!
This recipe is a keeper. It is fantastic! Best butter cream recipe I have found. They didn't last long in my house.
I'm planning to make these for two birthday cakes! I am so excited to try this recipe because it's the highest rated , and I was trying to find a good buttercream for both chocolate cakes. I'm planning to make this into a cookies and cream frosting using mini Oreos...I am just wondering how I can incorporate the cream into this recipe, and if it'll taste good?
I didn't have any cream cheese so used this as a frosting for carrot cake. It's a very nice frosting, but I could taste a bit more butter in it than I would have liked, so I added a bit more sugar and a splash more milk.
Its the first time I made this... The icing was not very thick kind of runny and for some reason it tasted too salty. I ended up adding 1/2 cup of unsweetened cocoa powder help make it thicker and hide some of that saltiness, it actually turned out pretty decent. I would probably give this another try but defiantly omit the salt all together and omit a 1/8 stick of butter and 1/2 cup confectioners sugar.
It was weird. like bread haha. very good though! but i used regular flour. that might have made a difference.... hahah
I did not care for this recipe I followed it to the T . It turned out griddy and runny. But I do appreciate you for Shari g with me thank you God Bless you!!
I don't like vanilla frosting...normally. This stuff is great! I do have to thin it a little more to get it to spread a little better but it has a good flavor and doesn't leave that "chap-stick" feel to your lips that frosting with shortening do. Thanks~!
I didnt get to taste it myself but apparantly it tastes like nothing but butter and i ruined my moms birthday. Thanks.
Yum!! Fantastic - I added cinnamon/allspice/clove and used it to top a spice cake. This is going to be my go-to buttercream from now on!
Many great reviews already. I used salted sweet cream butter, and omitted the salt. Melted a frozen stick of butter in the microwave, and then added the sugar and vanilla with electric mixer. I made half the recipe and frosted a pumpkin spice cake. Spectacular. I might never buy canned frosting again. Must admit, I licked the bowl. Should have let the frosting set longer on the counter to form up before I frosted the cake. Will definitely keep this recipe!
Another recipe I&#039;ve been using and haven&#039;t rated! I&#039;m famous at DS&#039;s class parties for this frosting. I do add a teaspoon of vanilla though. Thank you!
Perfect vanilla frosting, easy, fast and sets up nicely. I won't need to look any further than this one!
This frosting is Super yummy. But one thing. I added two teaspoons of milk so that it has the better texture for making cakes. I love frosting cakes with this frosting and hope you do too!
It was really good. I put it on top of Recipe #38966 - The ONLY problem I had, was since it was hot in the house I had to put the cake in the refrigerator (covered) for 2-3 days. White spots formed on the green icing. It almost tasted like there was bitter baking powder or soda sprinkled on top. It wasn't very good. I will try making this again to see if it happens again.
The best Buttercream Frosting! I made this for a Baby Shower Cake a few months ago. I do remember having to add a little more milk than the recipe called for, maybe a tablespoon or so. Not sure so always add a little at a time. Like my mom always said and what I always say to my daughter now. You can always add, but you can&#039;t take away.
My daughter used this recipe to frost funfetti cupcakes for her High School graduation party. It was very easy to work with, and we found that one batch frosted about 18 cupcakes.
I have been looking for different icing recipes, that are pipeable, withstand heat and is closer to a buttercream taste, not a shortening based icing. The key-whip the butter til it is almost white. After adding the powdered sugar, heavy cream and vanilla, incorporate then whip the heck out of it til light and fluffy. ALWAYS use a whip and not a paddle. This is very good and you can adjust the sweetness without sacrificing the stability.
Just made this recipe to frost some cupcakes. I followed the recipe but subsituted whipping cream in place of the milk (I had it and wanted to use it). Very smooth and creamy! The icing piped easily onto the cupcakes (something I've never done before) and looks nice too (if I do say so myself). Thank you for posting this recipe! I'm sure that I'll be using this as my "go to" icing recipe from now on.
This is a great buttercream frosting recipe. Had no problems with it at all. I made blue ones and put sprinkles all over them to celebrate our zaar friend, Chef #936601, giving birth to twins tomorrow. Rock on Debi and Tim! Thanks for sharing the recipe. :)
I made this receipe for a cake, it was very watery and runny. Lets just say I follwed the receipe to the T and it didnt work out for me, I even added more sugar to make it thicker and it didnt work.
Yummy!!!! This is the best frosting. I did add about 2 more teaspoons of the milk (I used half and half). That is all I did different. I will use this always.
Put Sprinkles vanilla frosting against your standard buttercream and Sprinkles' recipe wins every taste test, hands down. It's addictive with the sweet/salty combination - you just want more and more, and I'm not usually a big frosting person. Add a little more milk to overcome any dryness you may experience. I have become the cupcake queen of my daughter's high school due to this recipe, as her friends clamor for more of Mrs. C's cupcakes they are actually willing to talk to me, a parent (not a bad way to keep in touch with your kid's high school peers!).
This frosting does taste good but with the low liquid content another reviewer mentioned, it was not a very spreadable frosting. I tried to ice my Quick Yellow Cake (38966) and it tore the cake. I needed to soften it up a bit. I think this recipe is perfect for cupcakes or piping.
Just fantastic! I cut down on the sugar and only used 3 cups. And the consistency was perfect for spreading on cupcakes.
I did as others suggested and skipped the salt because I used salted butter, and it was perfect! I cut it in half to frost 24 cupcakes and still had plenty leftover
Unfortunately, I'm still on the hunt for the ultimate buttercream frosting. Made it exactly as written but it was very hard to spread. In the end, it looked like drywall mud/spackle on my cake! Tasted great though, if not a bit on the sweet side. Didn't adhere (for lack of a better word) to my cake at all. As we were cutting the cake, the whole piece of frosting lifted off and cracked, just like spackle!! I noticed most of my guests scraped off the frosting and then would pick up a small bit of frosting with their forkful of cake.
Fabulous! OMG, this is so easy and SO good! I went to a cupcake bakery recently, and their frosting was nothing close to how awesome this frosting is. LOVE IT!
Yum! I made some Easter cupcakes. I used store bought cake mix and used this to frost. The kids LOVED it! 
Thanks for posting
This was perfect!! I made cupcakes for my niece, and she's going to love them!
very nice, creamy frosting!
The clouds have parted and the angels are singing. This recipe is such a great jumping point if you are looking for a buttercream recipe you can make tour own. I tweaked it a tiny bit as follows: I only used 3 cups xxx sugar, 2T milk, 1t clear vanilla (Wilton), and I added 1/4t meringue powder (Wilton). Same butter and salt ratio as recipe. It was DELICIOUS. The PERFECT buttercream for cupcakes. I was able to frost 22 cupcakes using a 1M tip. I would probably make a 1&1/2 batch next time and use more frosting on each cupcake.
This frosting is wonderful! I piped it on a batch of homemade cupcakes and was able to generously cover 18 cupcakes. I tinted it with 1 drop of red food coloring and it was a lovely shade of pink. Will definitely be my go-to frosting recipe from now on! Thank you!
This is the best vanilla frosting I ever tasted. I made the recipe from the sprinkles cupcake mix too and threw away the recipe but recalled most of the ingredients. The original calls for unsalted butter. If only I could reproduce the cupcake mix....
This is the best buttercream icing I have EVER used !! I did increase the milk a little though, but it was PERFECT. Worked great in my pampered chef decorator facile to make fantastic looking cupcakes, they looked like they came from a bakery and tasted like it as well. They were a hit!
It was okay but it was way too sweet. And it didn't taste very well with the vanilla cupcakes I made.
So easy! I used half and half and I needed twice as much of it to get the consistency I need to ice cupcakes. I use a Ziploc bag and cut off the tip. It looks like a pro did it. However, buying the Wilton tips at Michaels or Walmart is well worth the few bucks! Love this! Can&#039;t wait to add other extracts, flavors!
I have never been good at making frosting. My mom always made it, and it always looked so easy when she did it. Tried a bunch of recipes and the consistancy never turned out right, or it was too sweet. This had a perfect balance of flavor!
This is a tasty buttercream frosting. I used it to decorate my grandson's birthday cake last month. I made him a train cake and used this frosting to decorate the 'raisin spice' cake car. He loved the taste of it, and so did the adults at the party. I will definitely use this recipe again. Thanks for sharing!
Really good. I agree with the other posts, the butter should be not salted. It was a little to salty for me. The frosting is creamy and smooth! Loved it! Thanks
I really enjoy this recipe, super easy and I tend to add salt to taste to help cut the sweetness. I also use half &amp; half
This icing had a very rich buttery taste I personally found to be too strong - I like my buttercream more creamy than buttery - and it melted right off my room-temperature cupcakes (that probably has more to do with the humid, 95*F+ weather around here - this is one frosting that definitely needs to be refrigerated). It was good enough in spite of that, but I'll find a better recipe to make in the future.
Very good recipe. I'm not a frosting person so I decreased the sugar to 3 cups as suggested by others. I am, however, a lover of all things salty. I used salted butter and salted the frosting to taste (approx 1 tsp). I also used 1/2 and 1/2 - 2 TB and 1/4 tsp cream of tartar. These were all suggested by other reviewers. However, I tasted the recipe along the way and I agree that these tweaks improved the results. I divided the frosting, once it was done, and added a cup of unsweetened coconut. Yumminess.
Delicious! I substituted milk for cream (I&#039;m naughty like that!) and this came out amazing. I did have to add a bit more cream then the recipe states.... but that was to be expected. Thanks for sharing!
This frosting was absolutley wonderful. I made it for a baby shower and piped it on as shown in the picture and everybody thought they were from a bakery. Everybody kept commenting on how they didnt like buttercream frosting but how much they loved this. It is my new go to frosting recipe. Thanks for posting.
Love this frosting!! And it was easy to make.
Thank you for posting this =)
This was eccellent. Although i would recommend using right away and not putting it in the fridge for later. I attempt to do so and couldn't get it creamy again. Otherwise, this was a yummy one. Thanks!
DECADENT! I absolutely love Sprinkles Cupcakes and in my opinion, their frosting makes the cupcake. I made Mom's Chocolate Cupakes recipe #105594 and used this frosting on them - and they were outstanding!!! I've sampled many Sprinkles Cupcakes in the past, although I never had any with the vanilla buttercream frosting before. It was super rich and delicious. The whole family thoroughly enjoyed them. This makes enough frosting to generously frost each one and still lick the bowl! Thanks Chrissy T.!
What's not to love!! Perfect frosting!! Made as is! Thanks!
Perfect butter cream icing! It spreads beautifully, would change a thing. Thanks for sharing the keeper recipe.
Very easy and adaptable recipe. I was very pleased to find one that was not so unpleasantly sweet as some of the recipes out there.
very easy to make and it was perfect for chocolate cream cheese cupcakes. Thanks
Used this for the first time tonight to decorate a birthday cake. I like the taste of this so much better than the Wilton recipe I ususally use!
Perfect frosting. I used this on some cupcakes last night and it was the perfect consistency. Thank you for sharing.
EXCELLENT! I was out of cream cheese for my cinnamon roll frosting and so I picked this recipe to go on top of them. Boy am I ever GLAD I choose this one! Many thanks :-) Five stars!
Omg!! I made this frosting today for the first time, along with these vanilla cupcakes ive never made before as well, today: http://www.recipezaar.com/Amy-Sedaris-Vanilla-Cupcakes-181181. Its sooooo delicious together. And this frosting is divine, everyone was eating from it using a spoon! My family loves this recipe. Im going to use this from now on, for everything! I suggest though, if you want the frosting to be white, or you want to surprise guests, you should you CLEAR vanilla, because I used the brown vanilla and it made the frosting look sort of curdled. But my family didnt notice:). If you dont have clear, dont worry about it, it doesnt change the taste!! Thanks soo much! =)
At 6PM my 3 soon to be 4 year old decided chocolate cupcakes with white icing were no good. I ended up pulling together some really delicious white cake cupcakes from scratch. After they were done, I tasted the store bought frosting we had and it was... well it was gross.. I couldn&#039;t possibly put it on the cupcakes.. I also don&#039;t have heavy cream and wasn&#039;t running to the store at 8PM. I stumbled upon this recipe and based on the reviews I gave it a try, and thank goodness I did! This came out great! So much better than anything you could buy, and I never eat the icing on cakes, but I was licking this off the knife at the end. This one is a winner and I will certainly be using it again!!
This was good, a bit on the sweet side, but not very spreadable. Best for piping when prepared as specified.
Loved this! I made it for red velvet cupcakes because my husband doesn't like the traditional cream cheese frosting. He LOVED this.
Yummy!
Fantastic with 2 1/2 cups of sugar. That&#039;s all you need/want. Otherwise wayyyy too sweet (which sprinkles is known for being). And best consistency is beating on lower setting with kitchen aid (or another electric mixer) rather than by hand.
This frosting is AMAZING! It tastes wonderful, it has a wonderful texture, it is simple to whip up...did I mention it tastes wonderful! This will be my go to buttercream recipe from here on out! Thank you for a great recipe!
Very good and easy. Needed to add a bit more vanilla/milk to get the right consistency, but it worked well.
This is a good, easy frosting. I also used 3 cups of sugar and felt that it was the right amount of sweetness. I also usually use 1 Tbs of whipping cream instead of the 1 tsp milk. This is my go-to frosting recipe and always gets raves! Thank you!
Perfect consistency, and it tastes great! It was really easy to make, too!
I love it! It&#039;s the best recipe I have found, only a half recipe is more than enough for 12 cupcakes. It is perfectly creamy &amp; sweet.
This was a really disappointing experience. I was hoping for delicious thick frosting, but what I got what far from it. DON'T USE THAT MUCH BUTTER. It was simply too buttery. Yuck.
Amazing!
Great! Works better if all of your ingredients are room temperature
Yummm!!! I didn't use any vanilla because mine wasn't any good and this turned out excellent even without it!
We used this on our Valentine's cake- it's easy, creamy & wonderful :) Thanks for posting
So delicious. I found this while trying to copy a cupcake I tried at Bristol Farms in San Francisco. I made this as directed and then threw in Chocolate cookies (Oreos) and blended them in. I also topped the cupcakes with ground up cookies. It was a hit. I've already been asked to make it for a Bridal Shower. I love this recipe.
I love the consistency of this recipe but even with only 3 cups of sugar it was way to sweet for me! I think I'll take it down to 2.5 in the future.
Great simple recipe. I added more powdered sugar for a stiffer frosting. The second time I made it I used almond extract in place of vanilla for an almond buttercream and it came out perfect as well!
Perfect frosting! For those saying it&#039;s too thick to be spreadable, you aren&#039;t whipping it enough.

EDIT 9/27 - having now made this several times, I&#039;ve discovered it is much better if you omit the salt and use salted butter instead. Normal salt stays solid crystals, so you notice it much more than if it is incorporated as part of the butter.
I have been making this with Devil's food chocolate cake for birthdays and it hands down the creamiest, best frosting to go with devils food cake. P.S. to replace the liquid in my CAKE recipe I use cold strong coffee...delish
It was really sweet because of the confectioners sugar, I added 1/2 cup of Hershey's cocoa powder to it and it was amazing.
This is now my favorite icing recipe!!! Thanks so much!
Wonderful flavor and a very light texture.
I have used this several times now and love the ease and taste of this frosting. 5 stars all the way!
Delicious and easy! Perfect compliment to a chocolate cake!
Very good buttercream! It is sweet, but buttercream usually is...by far the best I have ever made. Thank you! I have a Kitchen Aid so I did not need extra milk to smooth it out.

Update...I used this frosting with a chocolate cake recently and i swear it tastes just like the Chocolate Lasagna that Olive Garden used to have. Next time I will be adding chocolate shavings. I can't wait!!!
This frosting was really good and fairly easy to make. I used it along with a fondant recipe to frost my sister's wedding cake, and I will definitely be keeping it for future use. Thank you!
Let me start by saying I am very fussy about frosting - When I do find one I like - I could eat it straight - but thats few and far between (thats okay I guess as far as my waste goes) I gave this one a shot today - for kittencals one bowl vanilla cupcakes - and it is pretty good - I made a batch and a half and changed all ingredients to jive with that - except powdered sugar - I only did about 4 and 1/4 to 4/12 cup of that and it was still a little to sweet for me but still the best recipe for frosting that I have found - on several differnt sites - thanks
Almost didn't make this because I've heard a lot of bad reviews about Sprinkles cupcake mixes. I'm glad I decided to go for it! This is the smoothest, creamiest, yummiest vanilla frosting I've ever tasted and the only recipe I'll use from now on. I decreased the sugar to 2 1/2 cups and it was exceptionally good. It's hard to imagine how Sprinkles cupcake mix could be bad when their frosting recipe is to die for! Thanks for posting!
Light, fluffy and so easy to make. A little sweet for me but honestly most frosting is. Everyone else loved it. I frosted 19 cupcakes generously (about 1/4 cup or more per cupcake) and still had some left over. thanks for the recipe.
Frickin delicious and easy to make! Best buttercream frosting I've ever tried. Used it as-is.
